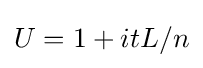
U=1+itL/n